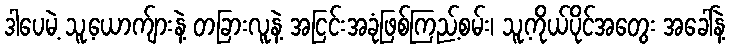
ဒါပေမဲ့ သူ့ယောက်ျားနဲ့ တခြားလူနဲ့ အငြင်းအခုံဖြစ်ကြည့်စမ်း၊ သူ့ကိုယ်ပိုင်အတွေး အခေါ်နဲ့